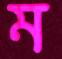
ম